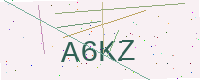
Text: A6KZ